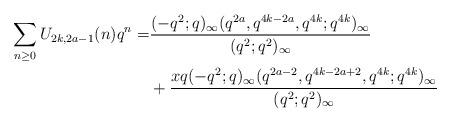
LaTeX: \begin{align*}\sum_{n\geq0}U_{2k,2a-1}(n)q^n=&\frac{(-q^2;q)_\infty(q^{2a},q^{4k-2a},q^{4k};q^{4k})_\infty}{(q^2;q^2)_\infty}\\&+\frac{xq(-q^2;q)_\infty(q^{2a-2},q^{4k-2a+2},q^{4k};q^{4k})_\infty}{(q^2;q^2)_\infty}\end{align*}